Report of the King Institute of Preventive Medicine, Guindy
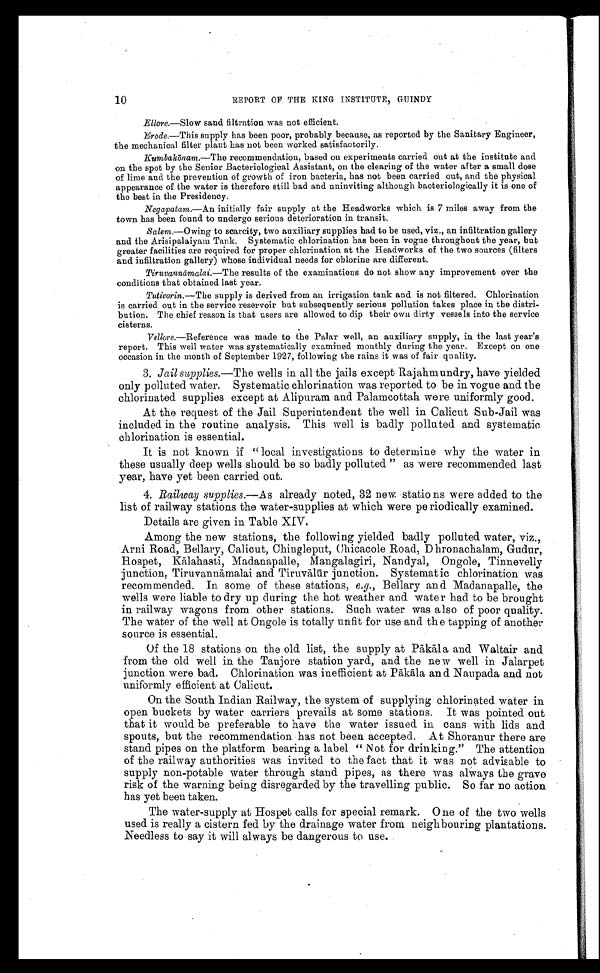
10
REPORT OF THE KING INSTITUTE,GUINDY
Ellore.— Slow sand filtration was not efficient.
Erode.—This supply has been poor, probably because, as reported by the Sanitary Engineer,
the mechanical filter plant has not been worked satisfactorily.
Kumbakōnam. —The recommendation, based on experiments carried out at the institute and
on the spot by the Senior Bacteriological Asistant, on the clearing of the water after a small dose
of lime and the prevention of growth of iron bacteria, has not been carried out, and the physical
appearance of the water is therefore still bad and uninviting although bacteriologically it is one of
the best in the Presidency.
Negapatam.—An initially fair supply at the Headworks which is 7 miles away from the
town has been found to undergo serious deterioration in transit.
Salem .—Owing to scarcity, two auxiliary supplies had to be used, viz., an infiltration gallery
and the Arisipalaiyam Tank. Systematic chlorination has been in vogue throughout the year, but
greater facilities are required for proper chlorination at the Headworks of the two sources (filters
and infiltration gallery) whose individual needs for chlorine are different.
Tiruvannāmalai.—The results of the examinations do not show any improvement over the
conditions that obtained last year.
Tuticorin.— The supply is derived from an irrigation tank and is not filtered. Chlorination
is carried out in the service reservoir but subsequently serious pollution takes place in the distri--
bution. The chief reason is that users are allowed to dip their own dirty vessels into the service
cisterns.
Vellore. —Reference was made to the Polar well, an auxiliary supply, in the last year’s
report. This well water was systematically examined monthly during the year. Except on one
occasion in the month of September 1927, following the rains it was of fair quality.
3. Jail supplies.—The wells in all the jails except Rajahmundry, have yielded
only polluted water. Systematic chlorination was reported to be in vogue and the
chlorinated supplies except at Alipuram and Palamcottah were uniformly good.
At the request of the Jail Superintendent the well in Calicut Sub-Jail was
included in the routine analysis. This well is badly polluted and systematic
chlorination is essential.
It is not known if “local investigations to determine why the water in
these usually deep wells should be so badly polluted ” as were recommended last
year, have yet been carried out.
4. Railway supplies.—As already noted, 32 new stations were added to the
list of railway stations the water-supplies at which were periodically examined.
Details are given in Table XIV.
Among the new stations, the following yielded badly polluted water, viz.,
Arni Road, Bellary, Calicut, Chingleput, Chicacole Road, Dhronachalam, Gudur,
Hospet, Kā lahasti, Madanapalle, Mangalagiri, Nandyal, Ongole, Tinnevelly
junction, Tiruvann ā malai and Tiruvālūr junction. Systematic chlorination was
recommended. In some of these stations, e.g., Bellary and Madanapalle, the
wells were liable to dry up during the hot weather and water had to be brought
in railway wagons from other stations. Such water was also of poor quality.
The water of the well at Ongole is totally unfit for use and the tapping of another
source is essential.
Of the 18 stations on the old list, the supply at P ā kāla and Waltair and
from the old well in the Tanjore station yard, and the new well in Jalarpet
junction were bad. Chlorination was inefficient at P ā kāla and Naupada and not
uniformly efficient at Calicut.
On the South Indian Railway, the system of supplying chlorinated water in
open buckets by water carriers prevails at some stations. It was pointed out
that it would be preferable to have the water issued in cans with lids and
spouts, but the recommendation has not been accepted. At Shoranur there are
stand pipes on the platform bearing a label “ Not for drinking.” The attention
of the railway authorities was invited to the fact that it was not advisable to
supply non-potable water through stand pipes, as there was always the grave
risk of the warning being disregarded by the travelling public. So far no action
has yet been taken.
The water-supply at Hospet calls for special remark. One of the two wells
used is really a cistern fed by the drainage water from neighbouring plantations.
Needless to say it will always be dangerous to use.